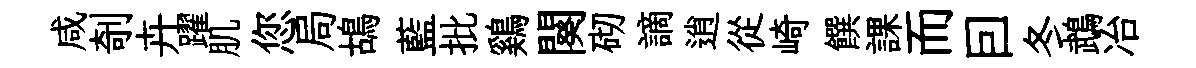
咸剞卉躍肌您局鴣藍批鷄闋砌謫逍從崎饌課而囙冬鵡冶